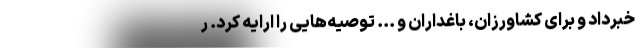
خبرداد و برای کشاورزان، باغداران و ... توصیه‌هایی را ارایه کرد. ر